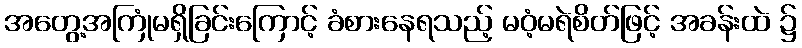
အတွေ့အကြုံမရှိခြင်းကြောင့် ခံစားနေရသည့် မဝံ့မရဲစိတ်ဖြင့် အခန်းထဲ ၌